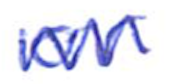
Text: or
Cross-out: mix
Writing tool: ballpoint